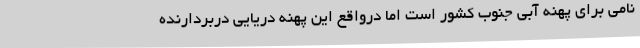
نامی برای پهنه آبی جنوب کشور است اما درواقع این پهنه دریایی دربردارنده